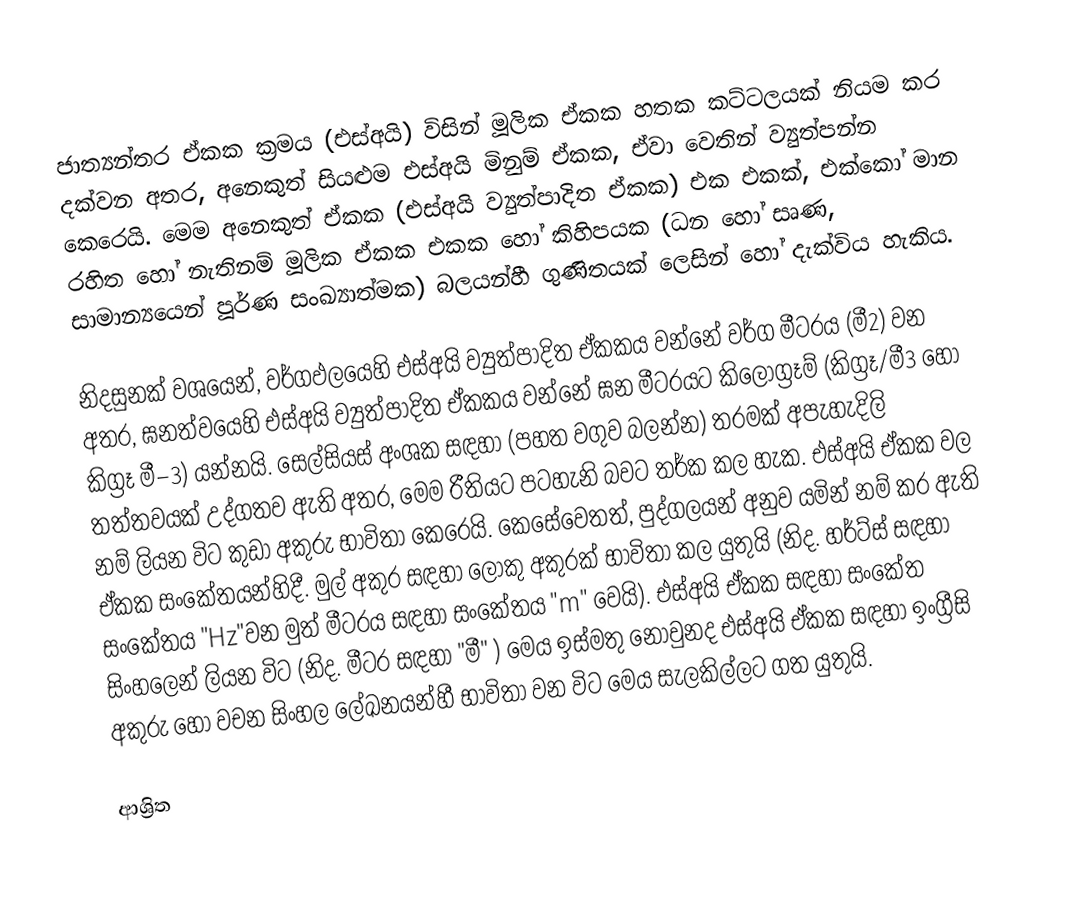
ජාත්‍යන්තර ඒකක ක්‍රමය (එස්අයි) විසින්  මූලික ඒකක හතක කට්ටලයක් නියම කර දක්වන අතර, අනෙකුත් සියළුම එස්අයි මිනුම් ඒකක,  ඒවා වෙතින් ව්‍යුත්පන්න කෙරෙයි. මෙම අනෙකුත් ඒකක (එස්අයි ව්‍යුත්පාදිත ඒකක) එක එකක්, එක්කෝ  මාන රහිත හෝ නැතිනම් මූලික ඒකක එකක හෝ කිහිපයක  (ධන හෝ සෘණ, සාමාන්‍යයෙන් පූර්ණ සංඛ්‍යාත්මක) බලයන්හී ගුණිතයක් ලෙසින් හෝ දැක්විය හැකිය.

නිදසුනක් වශයෙන්, වර්ගඵලයෙහි එස්අයි ව්‍යුත්පාදිත ඒකකය වන්නේ වර්ග මීටරය (මී2) වන අතර‍, ඝනත්වයෙහි එස්අයි ව්‍යුත්පාදිත ඒකකය වන්නේ ඝන මීටරයට කිලෝග්‍රෑම් (කිග්‍රෑ/මී3 හෝ කිග්‍රෑ මී−3) යන්නයි.  සෙල්සියස් අංශක සඳහා (පහත වගුව බලන්න) තරමක් අපැහැදිලි තත්තවයක්  උද්ගතව ඇති අතර, මෙම රීතියට පටහැනි බවට තර්ක කල හැක. එස්අයි ඒකක වල නම් ලියන විට කුඩා අකුරු භාවිතා කෙරෙයි. කෙසේවෙතත්, පුද්ගලයන් අනුව යමින් නම් කර ඇති ඒකක සංකේතයන්හිදී. මුල් අකුර සඳහා ලොකු අකුරක් භාවිතා කල යුතුයි (නිද. හර්ට්ස් සඳහා සංකේතය "Hz"වන මුත් මීටරය සඳහා සංකේතය "m" වෙයි).  එස්අයි ඒකක සඳහා සංකේත සිංහලෙන් ලියන විට (නිද. මීටර සඳහා "මී" ) මෙය ඉස්මතු නොවුනද එස්අයි ඒකක සඳහා ඉංග්‍රීසි අකුරු හෝ වචන සිංහල ලේඛනයන්හී භාවිතා වන විට මෙය සැලකිල්ලට ගත යුතුයි.

ආශ්‍රිත